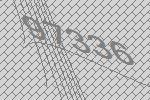
97336